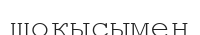
шоқысымен